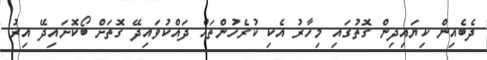
ދެބެއިން ކިޔައިދިން ގޮތުގައި މިހާރު އެކި ކުރެހުންތައް ދައްކުވައިދޭ ގޮތަށް ބޯކޮށައިދޭ އިރު